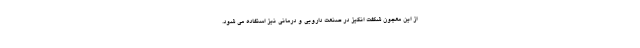
از این معجون شگفت انگیز در صنعت دارویی و درمانی نیز استفاده می شود.